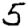
Digit: 5